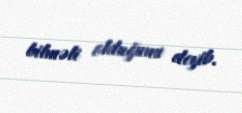
bilməli olduğunu deyib.